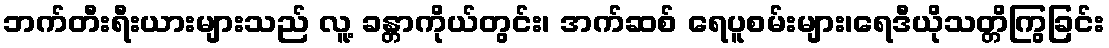
ဘက်တီးရီးယားများသည် လူ့ ခန္တာကိုယ်တွင်း၊ အက်ဆစ် ရေပူစမ်းများ၊ရေဒီယိုသတ္တိကြွခြင်း